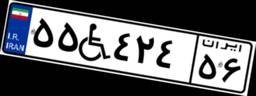
۲۷W۳۵۲۰۶